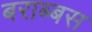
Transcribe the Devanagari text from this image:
बराब्बस